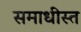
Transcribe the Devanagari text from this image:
समाधीस्त